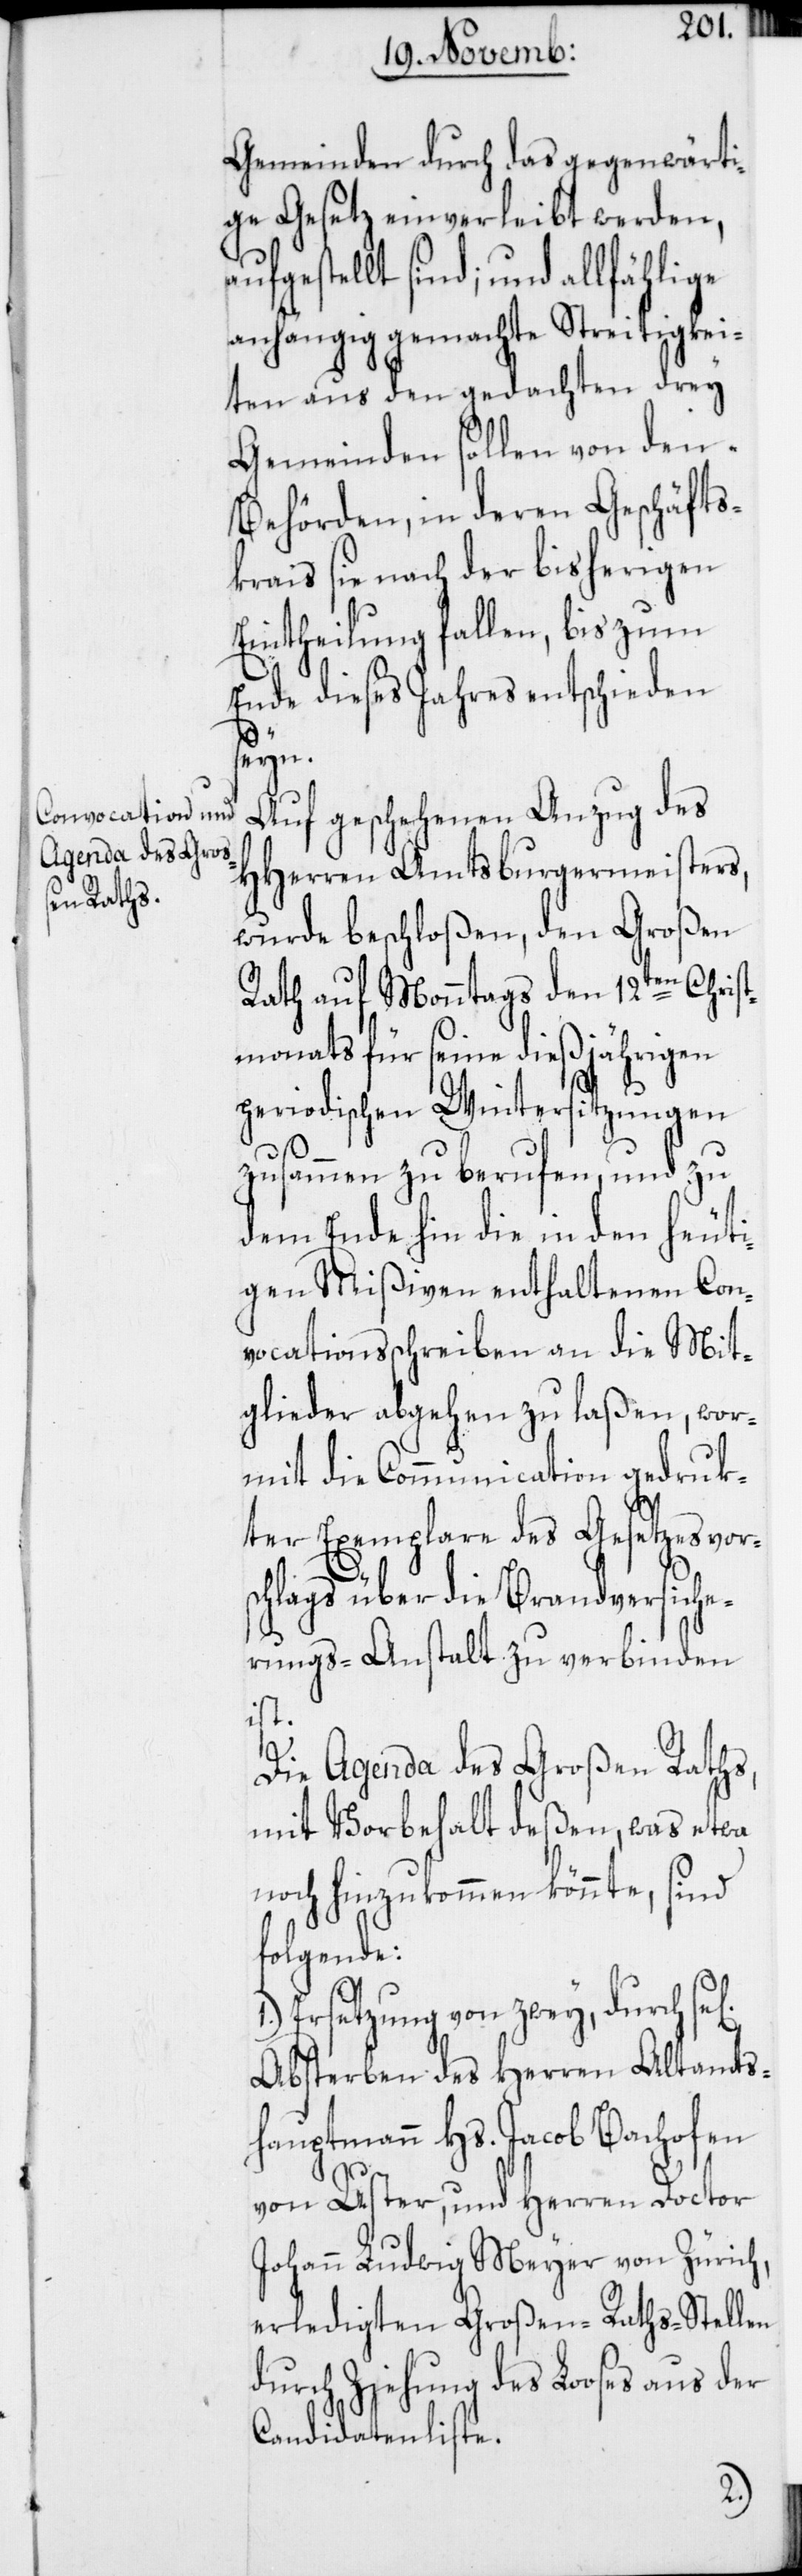
Gemeinden durch das gegenwärti¬
ge Gesetz einverleibt werden,
aufgestellt sind; und allfählige
anhängig gemachte Streitigkei¬
ten aus den gedachten drey
Gemeinden sollen von den
Behörden, in deren Geschäfts¬
krais sie nach der bisherigen
Eintheilung fallen, bis zum
Ende dieses Jahres entschieden
seyn.
Auf geschehenen Anzug des
HHerren Amtsburgermeisters,
wurde beschloßen, den Großen
Rath auf Monntags den 12ten Christ¬
monats für seine dießjährigen
periodischen Wintersitzungen
zusammen zu berufen, und zu
dem Ende hin die in den heuti¬
gen Mißiven enthaltenen Con¬
vocationsschreiben an die Mit¬
glieder abgehen zu laßen, wor¬
mit die Communication gedruk¬
ter Exemplare des Geseztesvors¬
chlags über die Brandversiche¬
rungs-Anstalt zu verbinden
ist.
Die Agenda des Großen Raths,
mit Vorbehalt deßen, was etwa
noch hinzukommen könnte, sind
folgende:
Ersetzung von zwey, durch
Absterben des Herren Altamts¬
hauptmann Hs. Jacob Bachofen
von Uster, und Herren Doctor
Johann Ludwig Meyer von Zürich,
erledigten Großen-Raths-Stellen
durch Ziehung des Looses aus der
Candidatenliste.
1.)